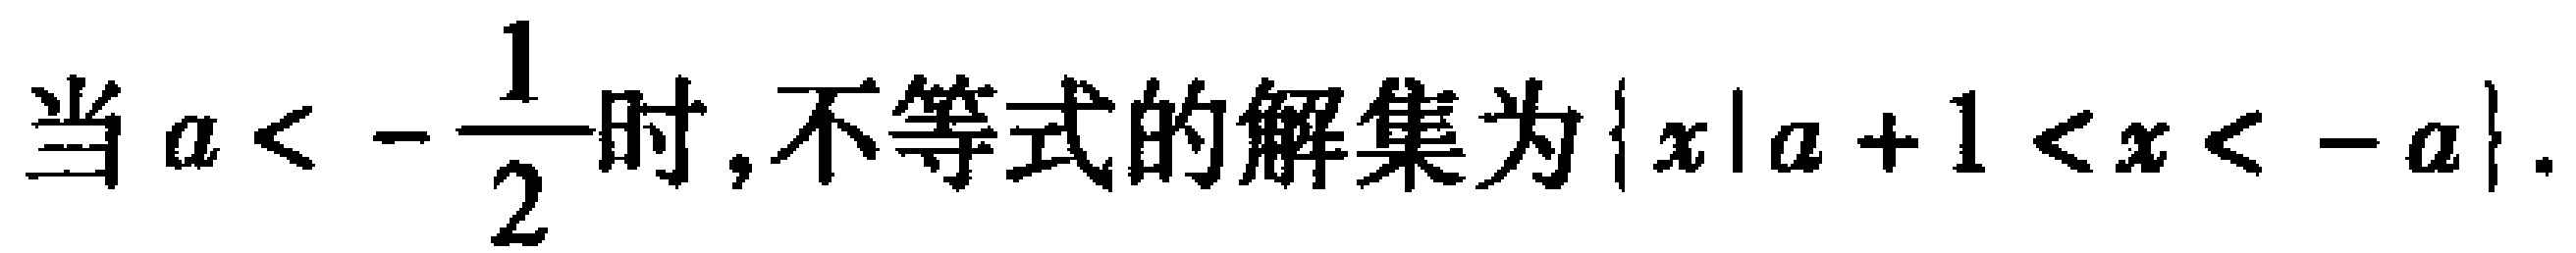
当 \(a < -\dfrac{1}{2}\) 时,不等式的解集为 \(\{x|a + 1 < x < -a\}\).